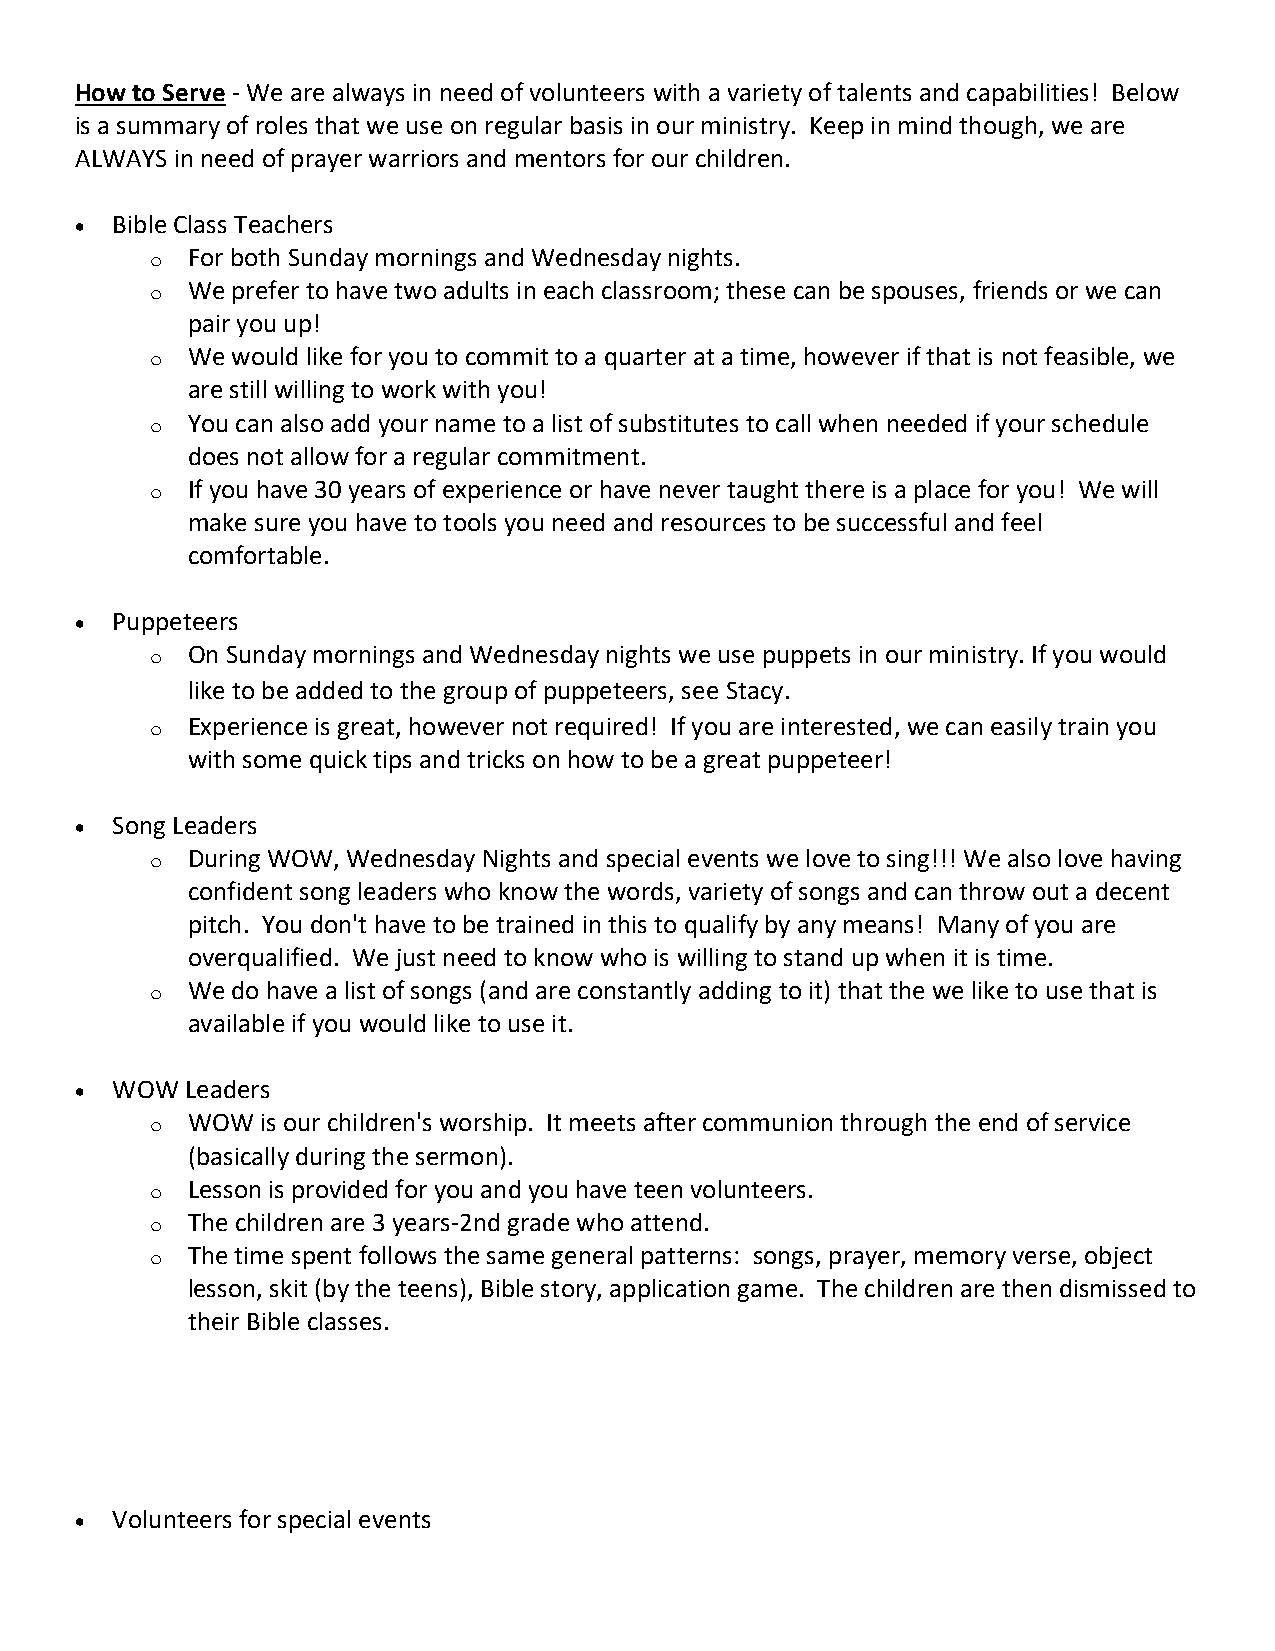
How to Serve - We are always in need of volunteers with a variety of talents and capabilities! Below
 is a summary of roles that we use on regular basis in our ministry. Keep in mind though, we are
 ALWAYS in need of prayer warriors and mentors for our children.
 • Bible Class Teachers
 o For both Sunday mornings and Wednesday nights.
 o We prefer to have two adults in each classroom; these can be spouses, friends or we can
 pair you up!
 o We would like for you to commit to a quarter at a time, however if that is not feasible, we
 are still willing to work with you!
 o You can also add your name to a list of substitutes to call when needed if your schedule
 does not allow for a regular commitment.
 o If you have 30 years of experience or have never taught there is a place for you! We will
 make sure you have to tools you need and resources to be successful and feel
 comfortable.
 • Puppeteers
 o On Sunday mornings and Wednesday nights we use puppets in our ministry. If you would
 like to be added to the group of puppeteers, see Stacy.
 o Experience is great, however not required! If you are interested, we can easily train you
 with some quick tips and tricks on how to be a great puppeteer!
 • Song Leaders
 o During WOW, Wednesday Nights and special events we love to sing!!! We also love having
 confident song leaders who know the words, variety of songs and can throw out a decent
 pitch. You don't have to be trained in this to qualify by any means! Many of you are
 overqualified. We just need to know who is willing to stand up when it is time.
 o We do have a list of songs (and are constantly adding to it) that the we like to use that is
 available if you would like to use it.
 • WOW  Leaders
 o WOW  is our children's worship. It meets after communion through the end of service
 (basically during the sermon).
 o Lesson is provided for you and you have teen volunteers.
 o The children are 3 years-2nd grade who attend.
 o The time spent follows the same general patterns: songs, prayer, memory verse, object
 lesson, skit (by the teens), Bible story, application game. The children are then dismissed to
 their Bible classes.
 • Volunteers for special events